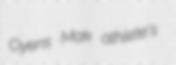
Oyens Mak athlete's